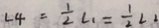
\angle 4 = \frac { 1 } { 2 } \angle 1 = \frac { 1 } { 2 } \angle 2